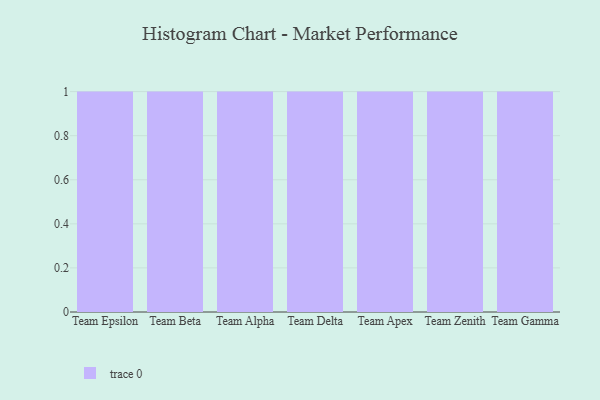
{"axis": {"x": "Team", "y": "Tickets Resolved"}, "legend": [""], "data": [{"x": "Team Epsilon", "y": 92, "type": ""}, {"x": "Team Beta", "y": 60, "type": ""}, {"x": "Team Alpha", "y": 13, "type": ""}, {"x": "Team Delta", "y": 32, "type": ""}, {"x": "Team Apex", "y": 54, "type": ""}, {"x": "Team Zenith", "y": 2, "type": ""}, {"x": "Team Gamma", "y": 71, "type": ""}]}